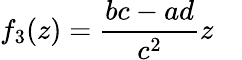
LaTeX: f_{3}(z)={\frac{bc-ad}{c^{2}}}z\quad